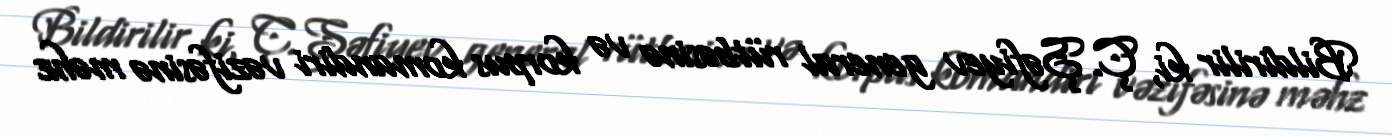
Bildirilir ki, Ç.Şəfiyev general rütbəsinə və korpus komandiri vəzifəsinə məhz